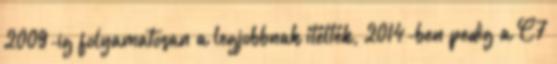
2009-ig folyamatosan a legjobbnak ítélték, 2014-ben pedig a C7